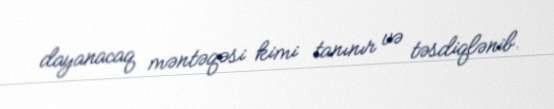
dayanacaq məntəqəsi kimi tanınır və təsdiqlənib.